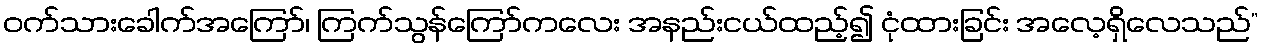
ဝက်သားခေါက်အကြော်၊ ကြက်သွန်ကြော်ကလေး အနည်းငယ်ထည့်၍ ငုံထားခြင်း အလေ့ရှိလေသည်”